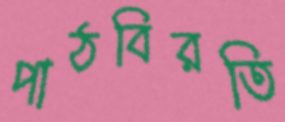
পাঠবিরতি